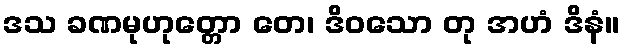
ဒသ ခဏမုဟုတ္တော တေ၊ ဒိဝသော တု အဟံ ဒိနံ။